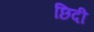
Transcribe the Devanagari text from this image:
छिदी